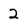
Character: 2